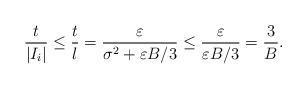
LaTeX: \begin{align*}\frac{t}{|I_i|} \leq \frac{t}{l} = \frac{\varepsilon}{\sigma^2 + \varepsilon B / 3}\leq \frac{\varepsilon}{\varepsilon B / 3} = \frac{3}{B}.\end{align*}